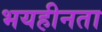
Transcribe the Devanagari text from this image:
भयहीनता